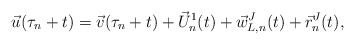
\begin{align*}\vec u(\tau_n + t) &= \vec v(\tau_n + t) + \vec U^1_n(t) + \vec w^J_{L,n}(t) + \vec r^J_n(t),\end{align*}